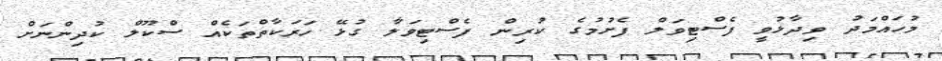
މުހައްމަދު ވިދާޅުވީ ފެސްޓިވަލް ފެށުމުގެ ކުރިން ފެސްޓިވަލާ ގުޅޭ ހަރަކާތްތަކެއް ސްކޫލް ކުދިންނަށް